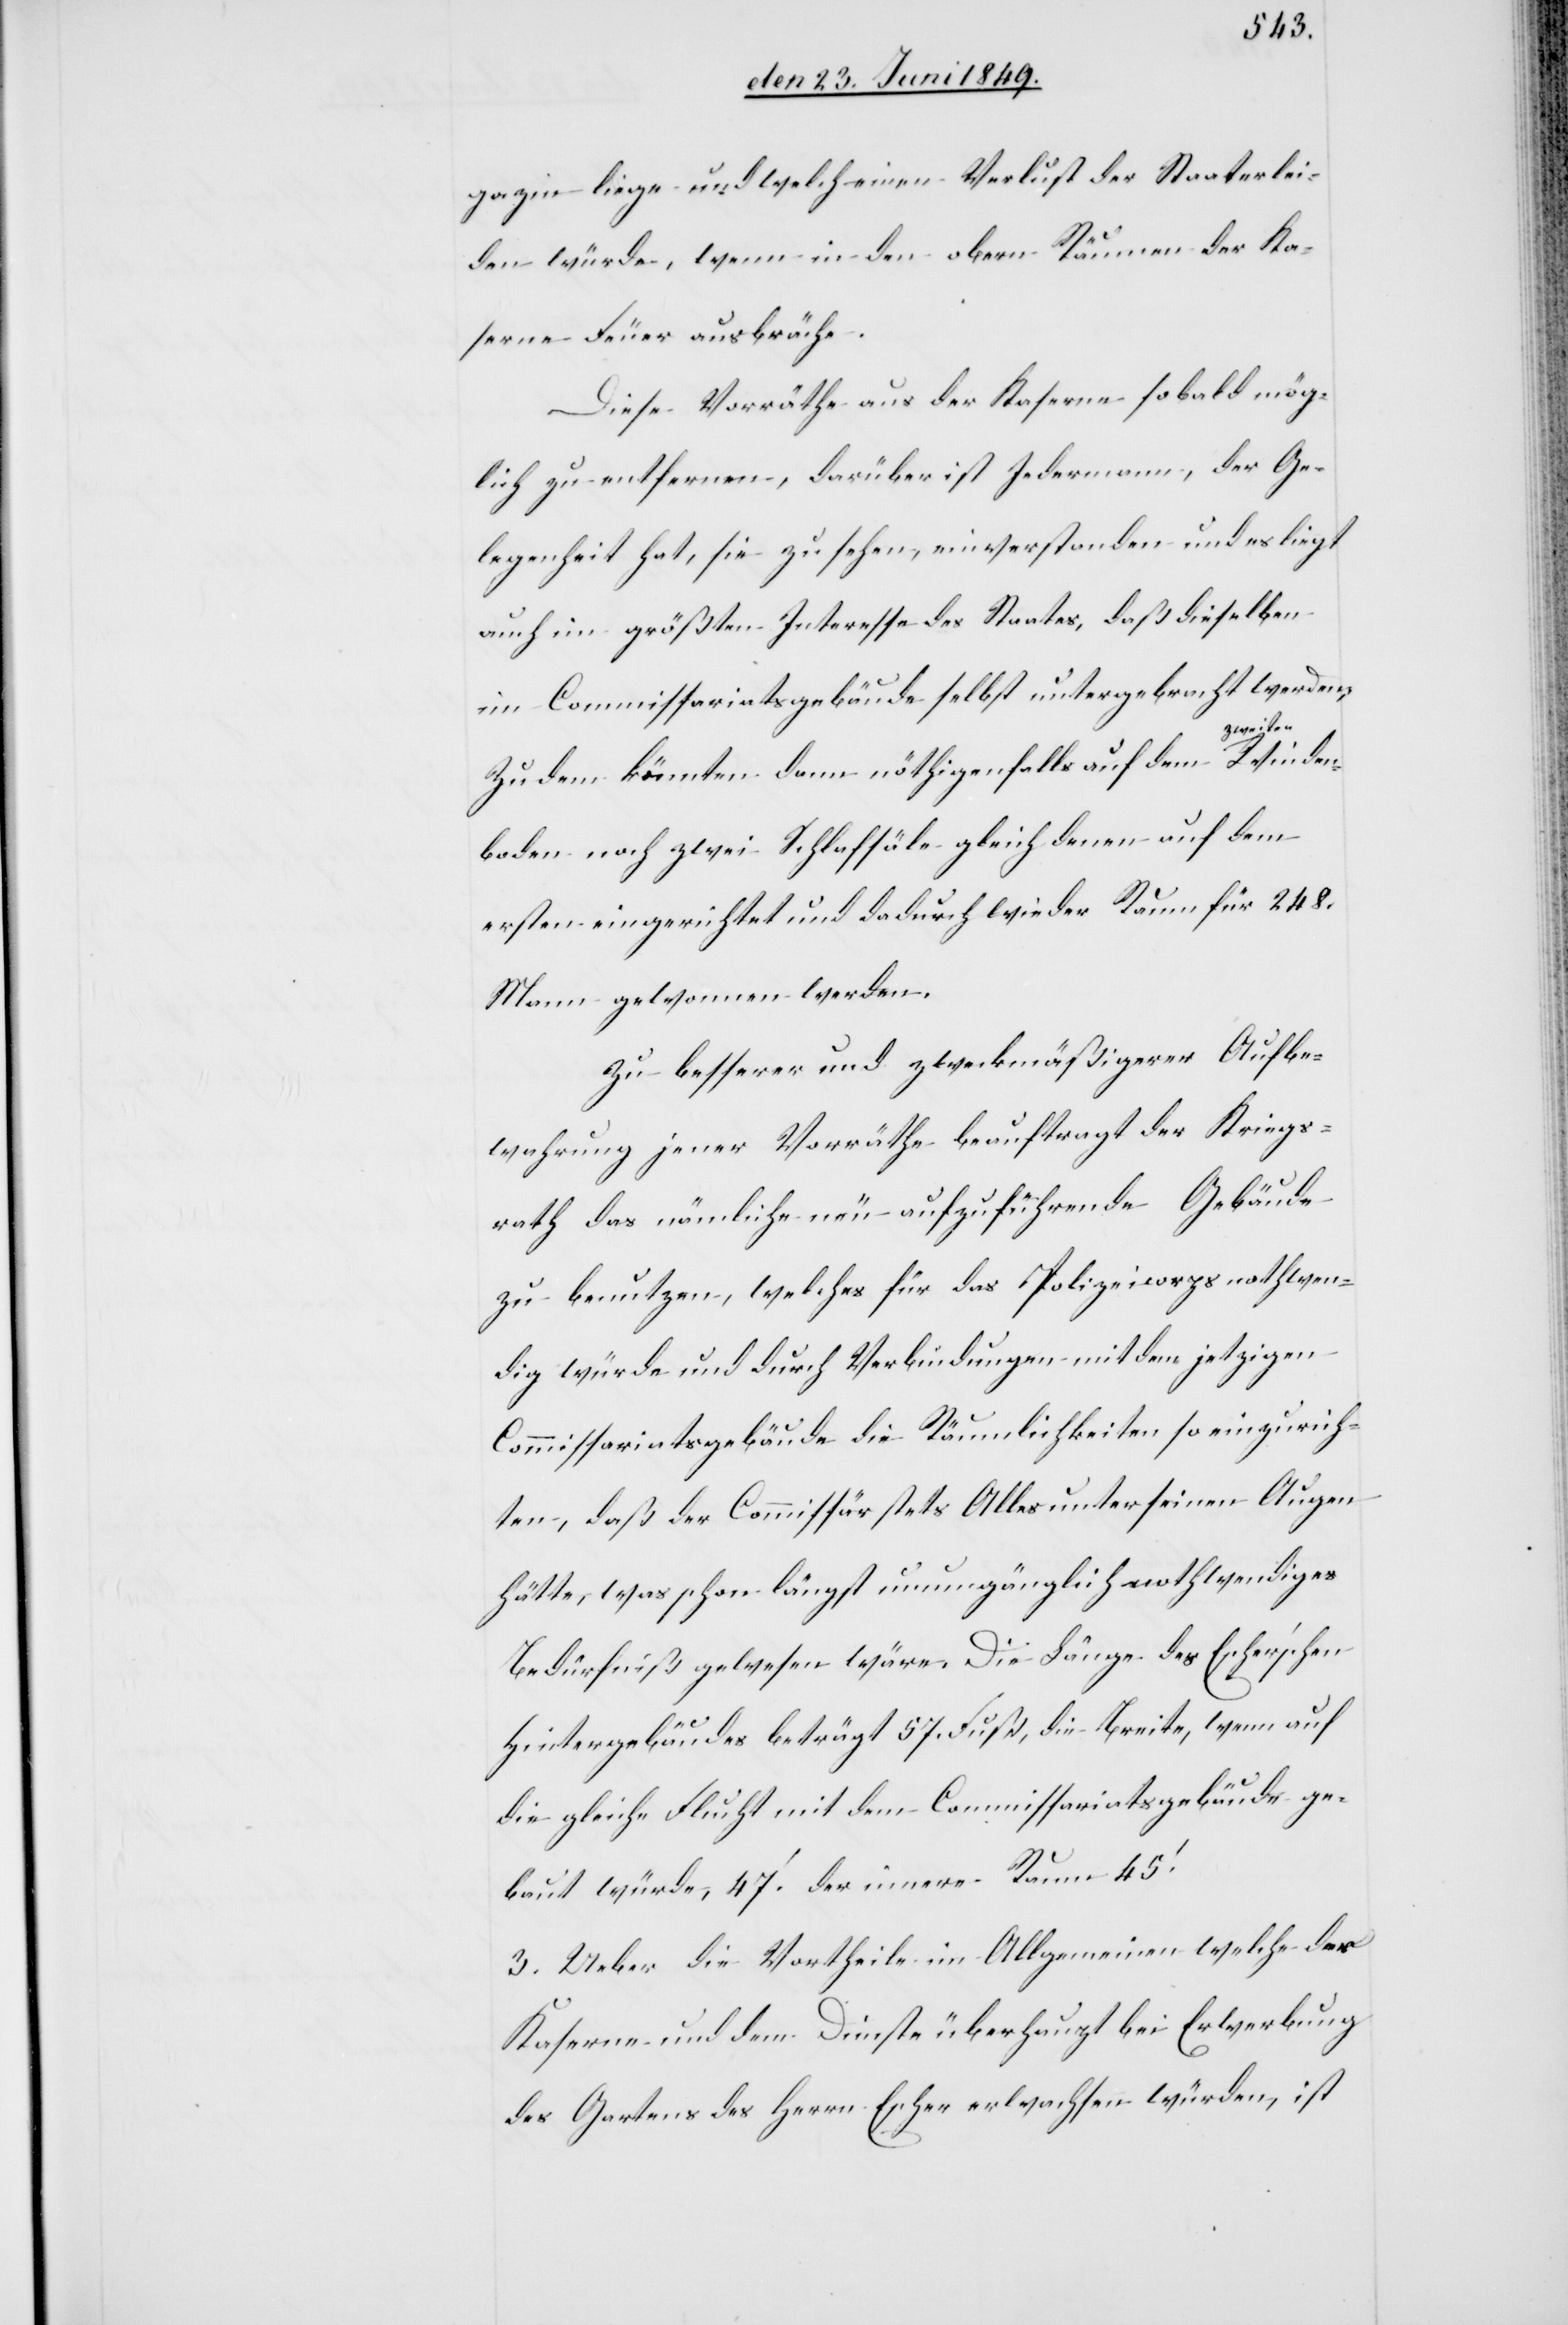
gazin liege und welch einen Verlust der Staat erlei¬
den würde, wenn in den obern Räumen der Ka¬
serne Feuer ausbräche.
Diese Vorräthe aus der Kaserne sobald mög¬
lich zu entfernen, darüber ist Jedermann, der Ge¬
legenheit hat, sie zu sehen, einverstanden und es liegt
auch im größten Interesse des Staates, daß dieselben
im Commissariatsgebäude selbst untergebracht werden.
Winder¬
Zu dem könnten dann nöthigenfalls auf dem a-zweiten-a
boden noch zwei Schlafsäle gleich denen auf dem
ersten eingerichtet und dadurch wieder Raum für 248.
Mann gewonnen werden.
Zu besserer und zweckmäßigerer Aufbe¬
wahrung jener Vorräthe beauftragt der Kriegs¬
rath das nämliche neu aufzuführende Gebäude
zu benutzen, welches für das Polizeicorps nothwen¬
dig würde und durch Verbindungen mit dem jetzigen
Commissariatsgebäude die Räumlichkeiten so einzurich¬
ten, daß der Commissär stets alles unter seinen Augen
hätte, was schon längst unumgänglich nothwendiges
Bedürfniß gewesen wäre. Die Länge des Escher’schen
Hintergebäudes beträgt 57. Fuß, die Breite, wenn auf
die gleiche Flucht mit dem Commissariatsgebäude ge¬
baut würde, 47‘. der innere Raum 45‘.
3. Ueber die Vortheile im Allgemeinen welche der
Kaserne und dem Dienste überhaupt bei Erwerbung
des Gartens des Herrn Escher erwachsen würden, ist